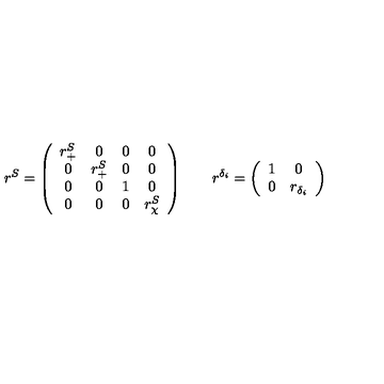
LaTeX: r ^ { S } = \left( \begin{array} { c c c c } { r _ { + } ^ { S } } & { 0 } & { 0 } & { 0 } \\ { 0 } & { r _ { + } ^ { S } } & { 0 } & { 0 } \\ { 0 } & { 0 } & { 1 } & { 0 } \\ { 0 } & { 0 } & { 0 } & { r _ { \chi } ^ { S } } \\ \end{array} \right) \qquad r ^ { \delta _ { i } } = \left( \begin{array} { c c } { 1 } & { 0 } \\ { 0 } & { r _ { \delta _ { i } } } \\ \end{array} \right)